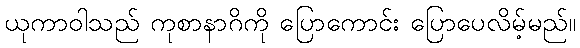
ယုကာဝါသည် ကုစာနာဂိကို ပြောကောင်း ပြောပေလိမ့်မည်။